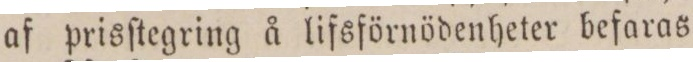
af prisſtegring å lifsförnödenheter befaras